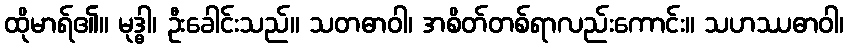
ထိုမာရ်၏။ မုဒ္ဓါ၊ ဦးခေါင်းသည်။ သတဓာဝါ၊ အစိတ်တစ်ရာလည်းကောင်း။ သဟဿဓာဝါ၊